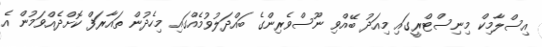
އިސްލާމިކް މިނިސްޓްރީގައި މިއަދު ބޭއްވި ނޫސްވެރިންގެ ބައްދަލުވުމެއްގައި މިހެދުން ތައާރަފް ކޮށްދެއްވަމުން އެ